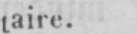
taire.